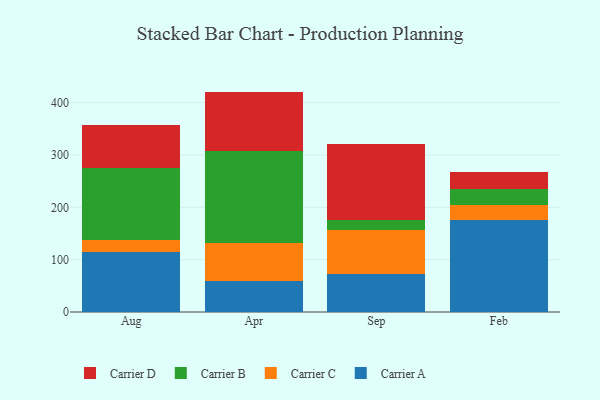
{"axis": {"x": "Month", "y": "Humidity (%)"}, "legend": ["Carrier A", "Carrier B", "Carrier C", "Carrier D"], "data": [{"x": "Aug", "y": 115.4, "type": "Carrier A"}, {"x": "Aug", "y": 22.8, "type": "Carrier C"}, {"x": "Aug", "y": 137.8, "type": "Carrier B"}, {"x": "Aug", "y": 82.1, "type": "Carrier D"}, {"x": "Apr", "y": 59.6, "type": "Carrier A"}, {"x": "Apr", "y": 72.2, "type": "Carrier C"}, {"x": "Apr", "y": 175.7, "type": "Carrier B"}, {"x": "Apr", "y": 113.6, "type": "Carrier D"}, {"x": "Sep", "y": 72.8, "type": "Carrier A"}, {"x": "Sep", "y": 83.2, "type": "Carrier C"}, {"x": "Sep", "y": 19.3, "type": "Carrier B"}, {"x": "Sep", "y": 145.5, "type": "Carrier D"}, {"x": "Feb", "y": 175.6, "type": "Carrier A"}, {"x": "Feb", "y": 28.2, "type": "Carrier C"}, {"x": "Feb", "y": 30.9, "type": "Carrier B"}, {"x": "Feb", "y": 32.3, "type": "Carrier D"}]}